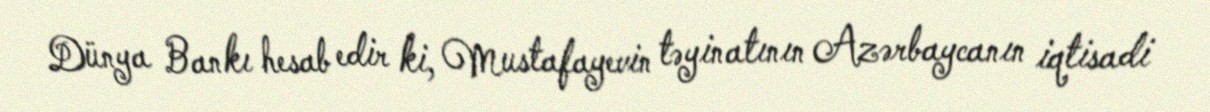
Dünya Bankı hesab edir ki, Mustafayevin təyinatının Azərbaycanın iqtisadi